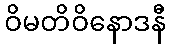
ဝိမတိဝိနောဒနီ